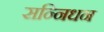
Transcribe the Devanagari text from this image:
सन्निधन